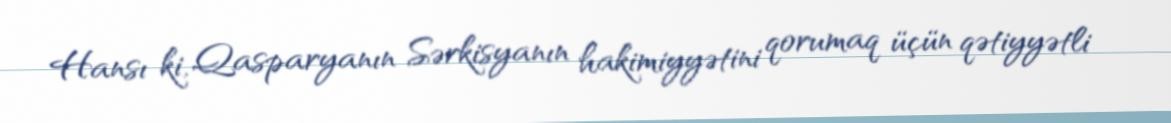
Hansı ki, Qasparyanın Sərkisyanın hakimiyyətini qorumaq üçün qətiyyətli